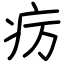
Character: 疠